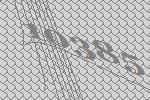
10385